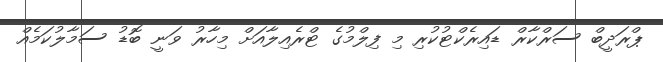
ޕްރަދީބް ސަރްކާރް ޑައިރެކްޓުކުރި މި ފިލްމުގެ ޓްރެއިލާއަށް މިހާރު ވަނީ ބޮޑު ސަމާލުކަމެއް